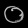
Digit: ၀